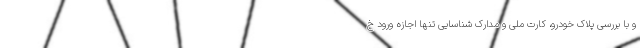
و با بررسی پلاک خودرو، کارت ملی و مدارک شناسایی تنها اجازه ورود خ